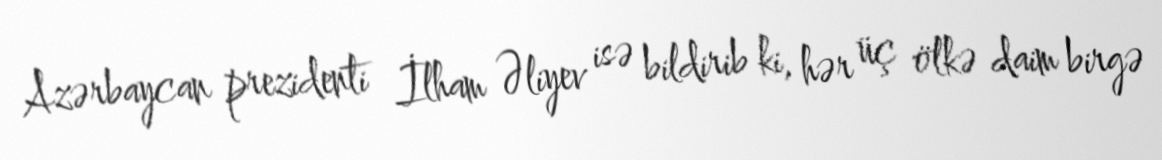
Azərbaycan prezidenti İlham Əliyev isə bildirib ki, hər üç ölkə daim birgə